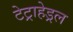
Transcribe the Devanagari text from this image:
टेट्राहेड्रल